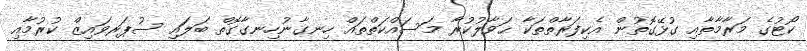
ކޯޓުގެ މަރާމާތާއި ގުޅޭގޮތުން އެކިފަރާތްތަކާ ޙަވާލުކުރާ މަސައްކަތްތައް ހިނގާނުހިނގާގޮތް ބަލައި ސުޕަރވައިޒް ކުރުމާއި